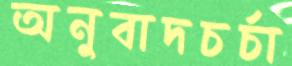
অনুবাদচর্চা